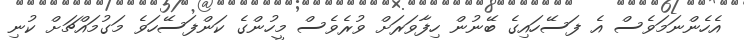
އެހެންނަމަވެސް އެ ފަސޭހައިގެ ބޭނުން ހިފާވަރަށް ވުރެވެސް މީހުންގެ ކަންފަސޭހަވެ މަގުމައްޗަށް ކުނި